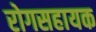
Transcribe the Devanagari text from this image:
रोगसहायक